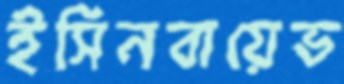
ইসিনবায়েভ